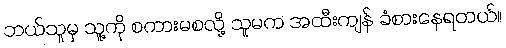
ဘယ်သူမှ သူ့ကို စကားမစလို့ သူမက အထီးကျန် ခံစားနေရတယ်။